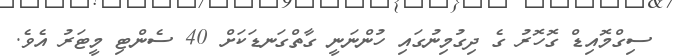
ސިގްމޮއިޑް ގޮހޮރު ގެ ދިގުމިނުގައި ހުންނަނީ ގާތްގަނޑަކަށް 40 ސެންޓި މީޓަރު އެވެ.